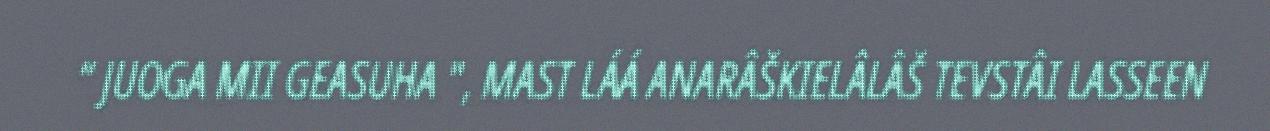
“ JUOGA MII GEASUHA ", MAST LÁÁ ANARÂŠKIELÂLÂŠ TEVSTÂI LASSEEN